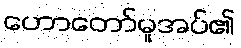
ဟောတော်မူအပ်၏